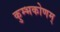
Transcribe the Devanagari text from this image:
कुम्भकोणम्